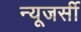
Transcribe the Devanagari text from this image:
न्‍यूजर्सी